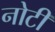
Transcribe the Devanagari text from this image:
नोटी